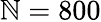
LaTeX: \mathbb{N}=800